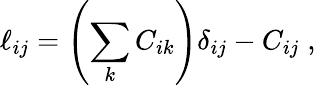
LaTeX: \ell_{ij}=\left(\sum_{k}C_{ik}\right)\delta_{ij}-C_{ij}\; ,